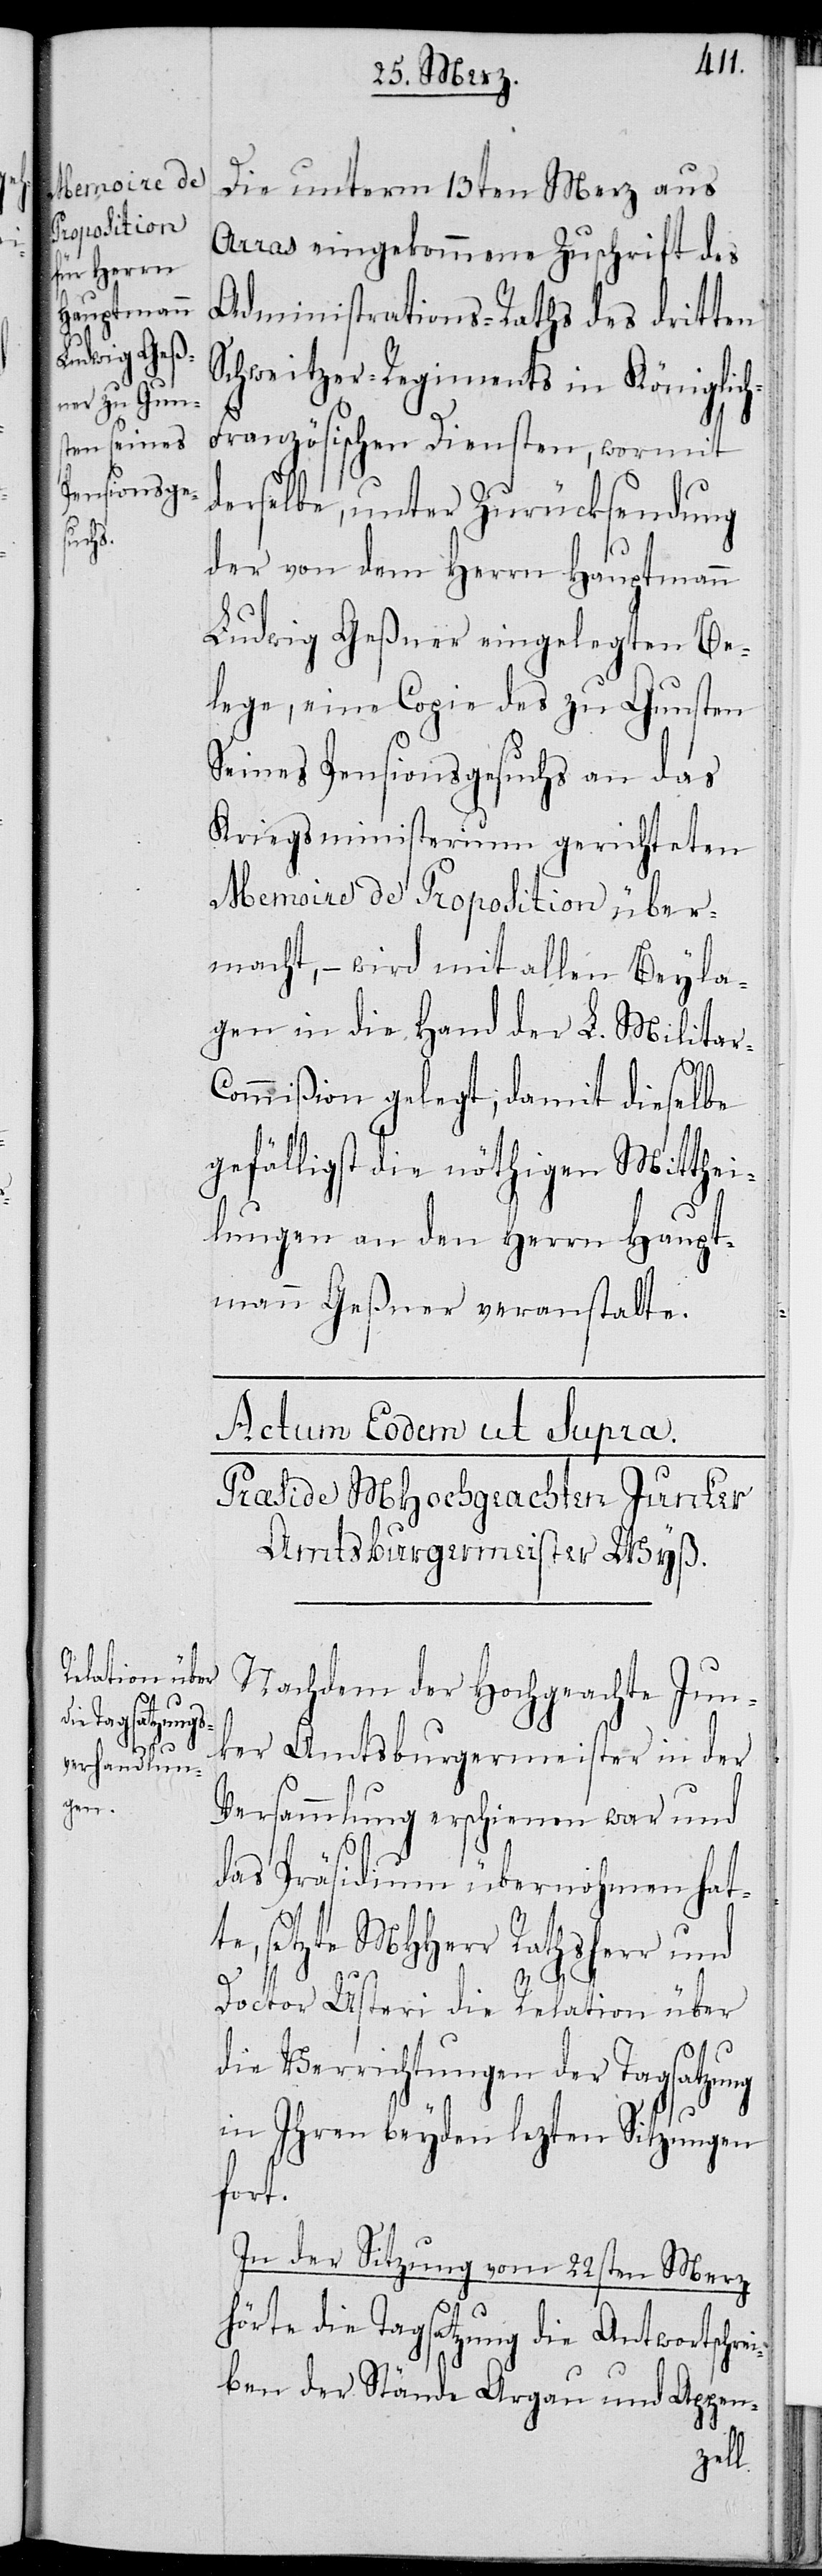
Die unterm 13ten Merz aus
Arras eingekommene Zuschrift des
Administrations-Raths des dritten
Schweitzer-Regiments in Königlic¬
h-Französischen Diensten, wormit
derselbe, unter Zurücksendung
der von dem Herrn Hauptmann
Ludwig Geßner eingelegten Be¬
lege, eine Copie des zu Gunsten
Seines Pensionsgesuchs an das
Kriegsministerium gerichteten
Memoire de Proposition über¬
macht, – wird mit allen Beyla¬
gen in die Hand der L. Milita¬
ommißion gelegt, damit dieselbe
gefälligst die nöthigen Mitthei¬
lungen an den Herrn Haupt¬
mann Geßner veranstalte.
Nachdem der Hochgeachte Jun¬
ker Amtsburgermeister in der
Versammlung erschienen war und
das Präsidium übernohmen hat¬
te, setzte MHHerr Rathsherr und
r-C¬
Doctor Usteri die Relation über
die Verrichtungen der Tagsatzung
in Ihren beyden lezten Sitzungen
fort.
In der Sitzung vom 22sten Merz
hörte die Tagsatzung die Antwortschre¬
iben der Stände Argau und Appen-